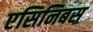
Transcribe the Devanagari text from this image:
एसिनिबस